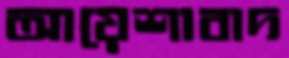
আয়েশাবাদ